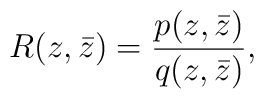
R(z,\bar{z})=\frac{p(z,\bar{z})}{q(z,\bar{z})},